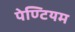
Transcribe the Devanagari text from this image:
पेण्टियम